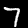
Digit: 7